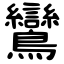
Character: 鸞